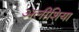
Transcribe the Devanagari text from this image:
अलीशिया